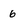
Character: 6